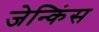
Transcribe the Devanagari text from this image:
जेन्किंस